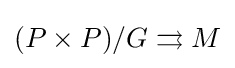
(P\times P)/G\rightrightarrows M